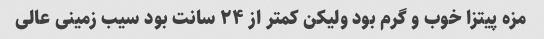
مزه پیتزا خوب و گرم بود ولیکن کمتر از ۲۴ سانت بود سیب زمینی عالی